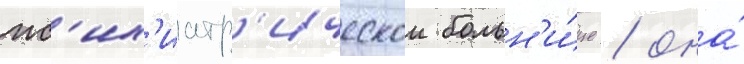
пс'их'иатр'ическои больн'и́це / она́